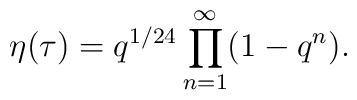
\eta(\tau)=q^{1/24}\prod_{n=1}^{\infty}(1-q^n).